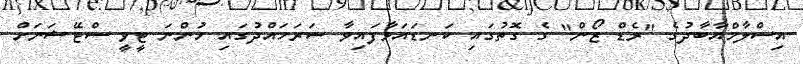
އިސްލާމްއާބާދުގެ "ރެޑް ޒޯން" ގެ ގޮތުގައި ކަނޑައަޅާފައިވާ ސަރަހައްދުގައި ހުންނަ ޓީވީ ސްޓޭޝަނަށް